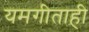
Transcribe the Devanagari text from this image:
यमगीताही